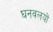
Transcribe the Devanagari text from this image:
घनवलयों